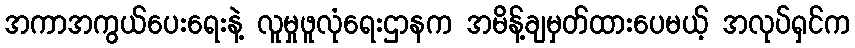
အကာအကွယ်ပေးရေးနဲ့ လူမှုဖူလုံရေးဌာနက အမိန့်ချမှတ်ထားပေမယ့် အလုပ်ရှင်က